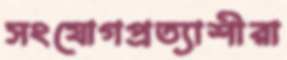
সংযোগপ্রত্যাশীরা